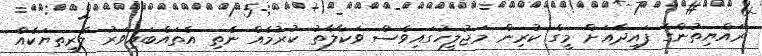
ރައްޔިތުންގެ ފައިދާއަށް މީގެ ކުރިން މަޖުލީހުގައިވެސް ވަކާލާތު ކުރުމެއް ނެތި އެތައްބައިވަރު ލާރިތޔަކެއް